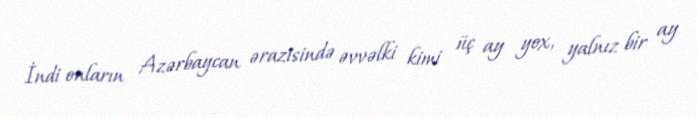
İndi onların Azərbaycan ərazisində əvvəlki kimi üç ay yox, yalnız bir ay